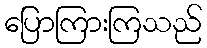
ပြောကြားကြသည်